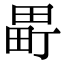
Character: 𬏈